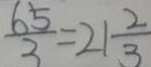
\frac { 6 5 } { 3 } = 2 1 \frac { 2 } { 3 }